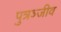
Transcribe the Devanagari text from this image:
पुत्रञ्जीव